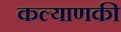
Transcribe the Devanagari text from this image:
कल्याणकी